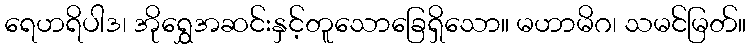
ရေဟရိပါဒ၊ အိုရွှေအဆင်းနှင့်တူသောခြေရှိသော။ မဟာမိဂ၊ သမင်မြတ်။